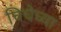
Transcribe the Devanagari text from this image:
चिचेच्या